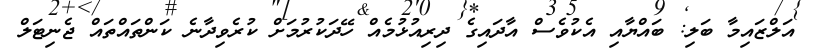
އަލްޒައިމާ ބަލި: ބައްޔާއި އެކުވެސް އާދައިގެ ދިރިއުޅުމެއް ހޭދަކުރުމަށް ކުރެވިދާނެ ކަންތައްތައް ޖެނިޓަލް